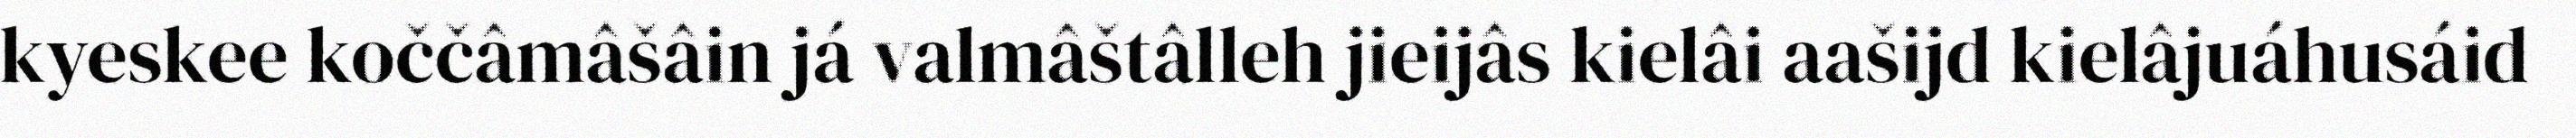
kyeskee koččâmâšâin já valmâštâlleh jieijâs kielâi aašijd kielâjuáhusáid